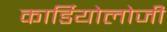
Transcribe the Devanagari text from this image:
कार्डियाेलोजी